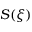
S ( \xi )